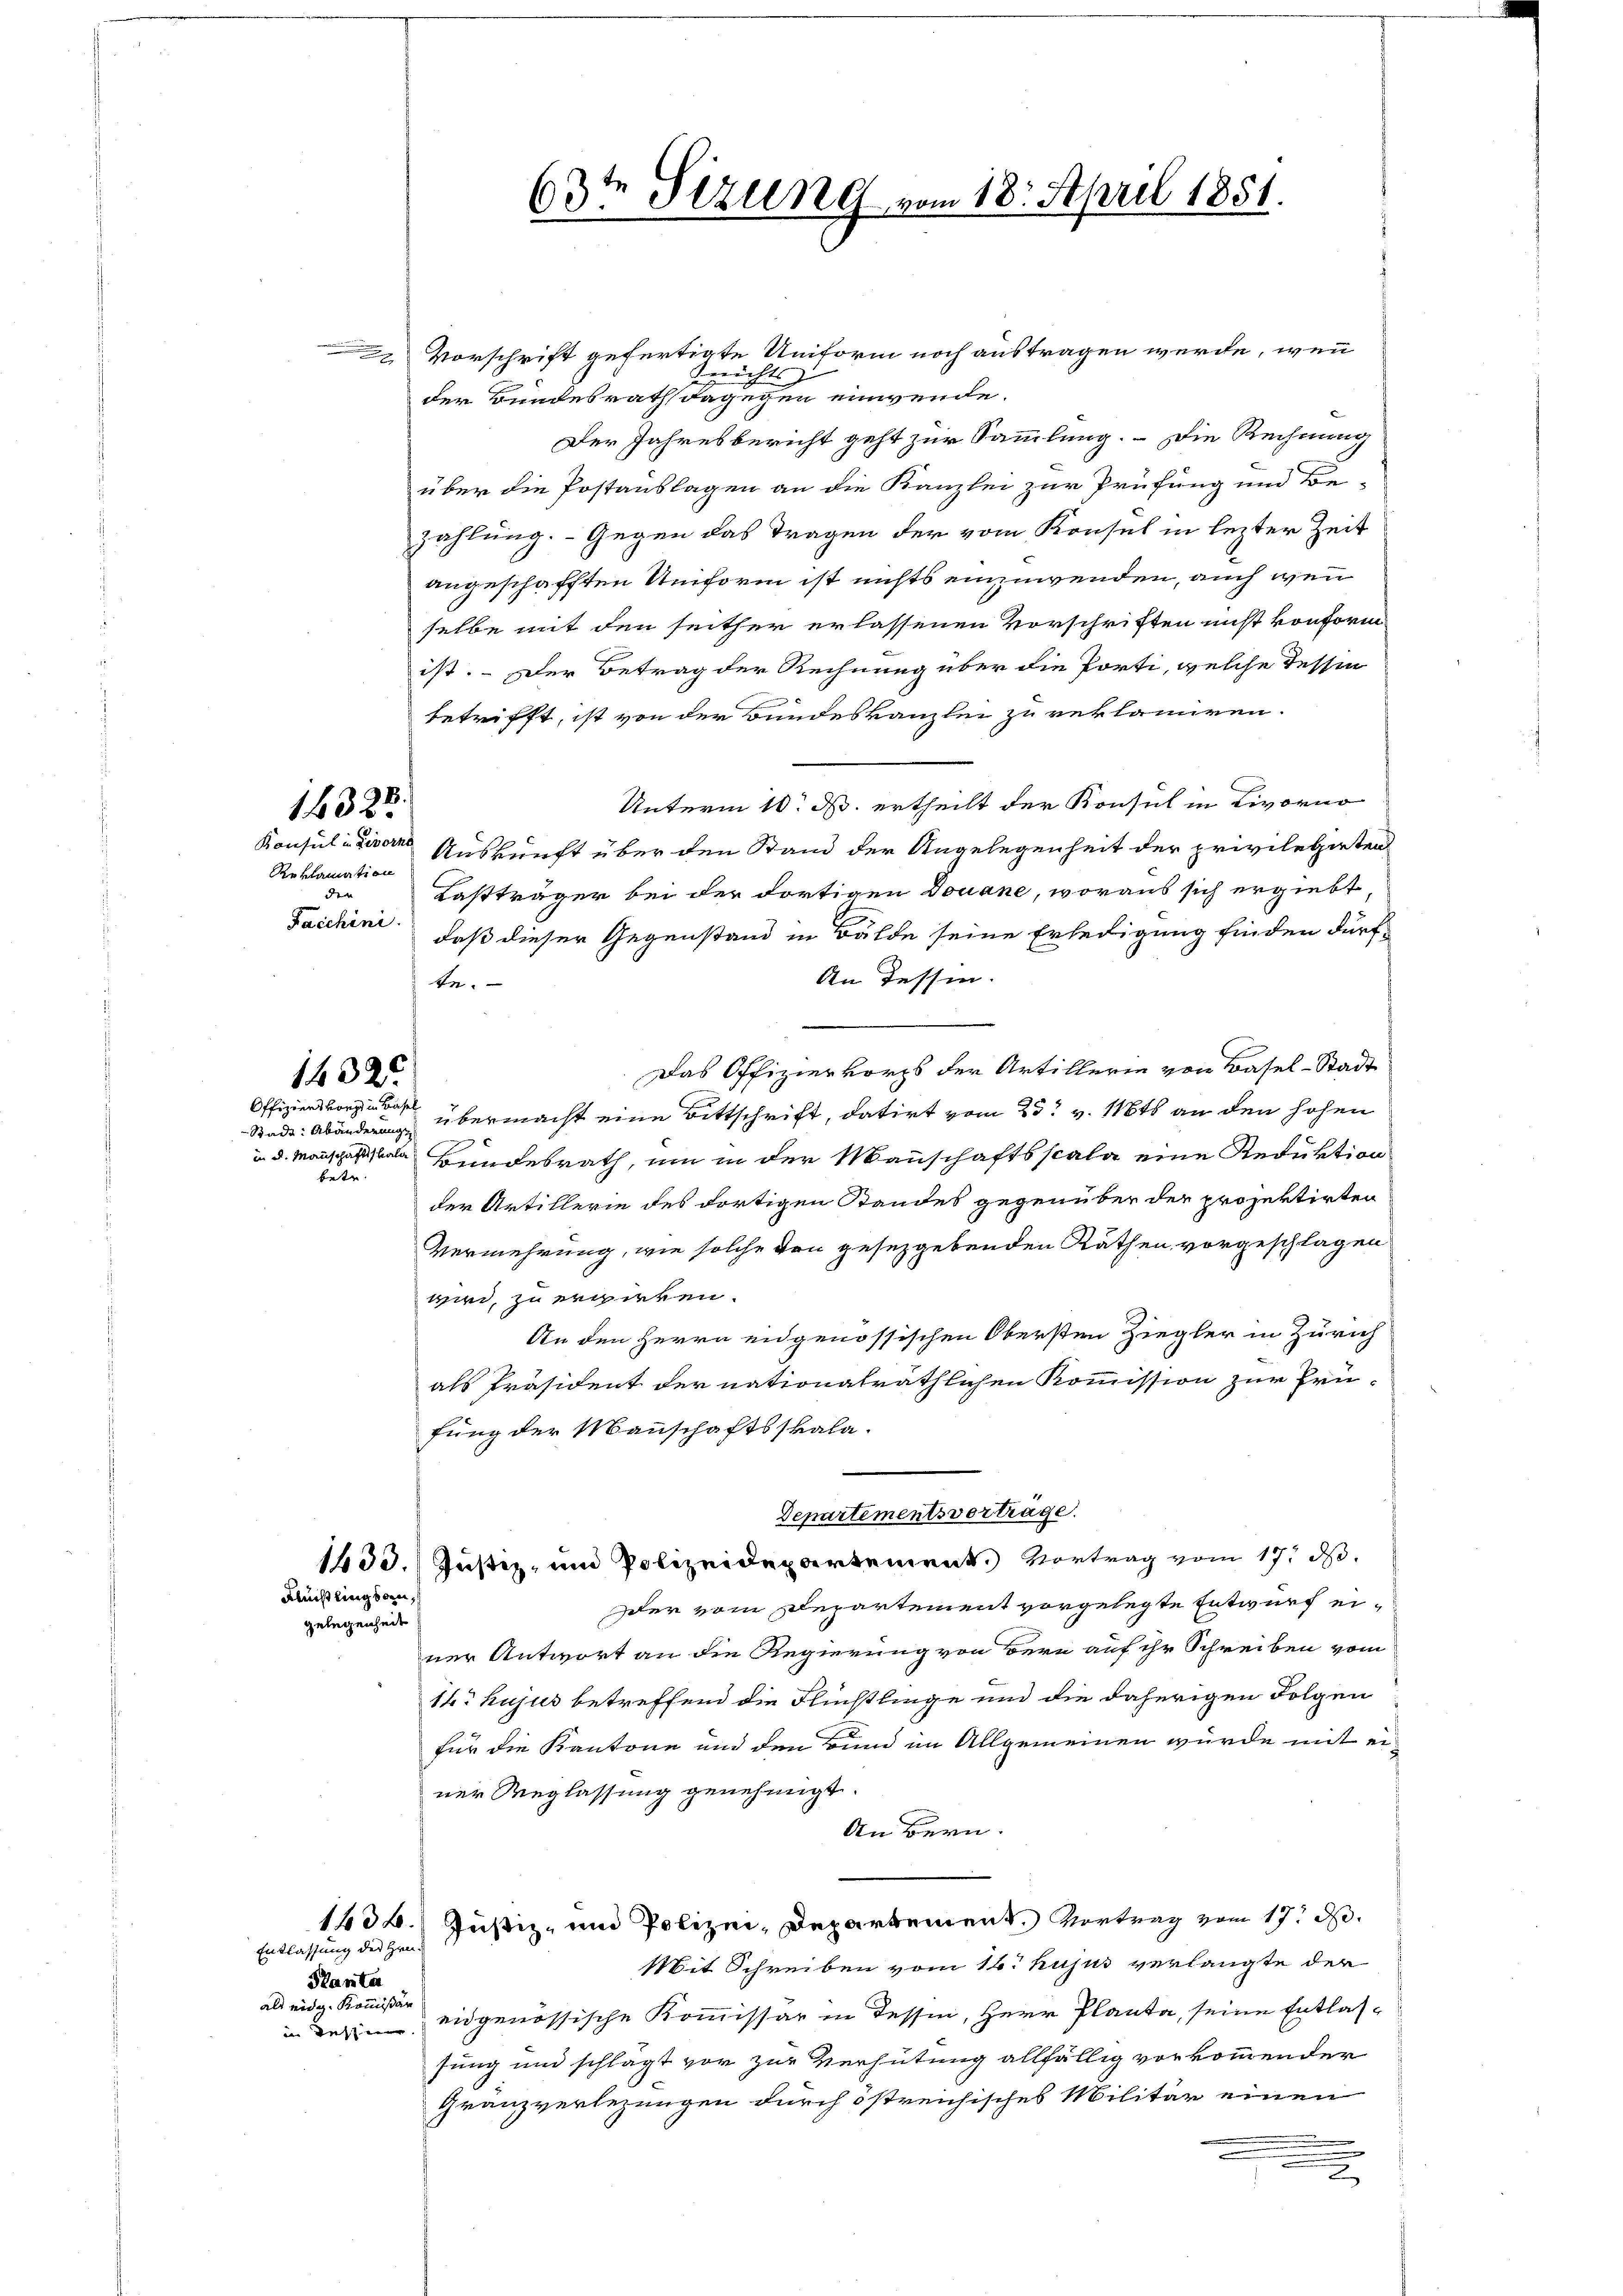
14325

Reklamation
der
Facchini.

1432
Offiziers vorz in Basel
Badt: Abänderung

betr.

Vorschrift gefertigte Uniform noch austragen werde, wenn
.
Berichts
der Bundesrath dagegen einwende.
Der Jahresbericht geht zur Sammlung. Die Rechnung
über die Postauslagen an die Kanzlei zur Prüfung und Be-
zahlung. Gegen das Tragen der vom Konsul in lezter Zeit
angeschafften Uniform ist nichts einzuwenden, auch wenn
selbe mit den seither erlassenen Vorschriften nicht konform
ist. Der Betrag der Rechnung über die Porti, welche Tessin
s
betrifft, ist von der Bundeskanzlei zu reklamiren.
Unterm 10. M. ertheilt der Konsul in Livorno
Konsulativen Auskunft über den Stand der Angelegenheit der privilegirten
Kastträger bei der dortigen Douane, woraus sich ergiebt
daß dieser Gegenstand in Bälde seine Erledigung finden dürf-
An Tessin.
te.
Das Offiziervors der Artillerin von Basel-Stadt
übermacht eine Bittschrift, datirt vom 23t v. Mts an den hohen
i. d. Manschaska Bundesrath, um in der Mannschaftsscala eine Reduktion
der Artillerie des dortigen Standes gegenüber der projektirten
Vermehrung, wie solche den gesezgebenden Räthen vorgeschlagen
wird, zu erwirken.
An den Herrn engenössischen Obersten Ziegler in Zürich
als Präsident der nationalräthlichen Kommission zur Prü-
fung der Mannschaftsskala-
Departimentsverträge.
1433. Justiz- und Polizeidepartement. Vortrag vom 17. d.
Astlings an,
der vom Departement vorgelegte Entwurf eigelegenheit
ner Antwort an die Regierung von Bern auf ihr Schreiben vom
1t. hujus betreffend die Flüchtlinge und die daherigen Folgen
für die Kantone und den Bund im Allgemeinen würde mit einer Weglassung genehmigt.
An Bern.
Justiz- und Polizei, Departement. Vortrag vom 17. d.
143.
Entlassung der Hrn.
Mit Schreiben vom 16. hujus verlangte der
Planta
als eidg. Kommer eidgenössische Kommissär in Tessin, Herr Planta, seine Entlas-
in dessen.
sung und schlägt vor zur Verhütung allfällig vorkommender
Granzverlegungen durch östreichisches Militär einen
u
.

63ten Sizung vom 18. April 1851.